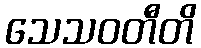
သေသဝတီတိ